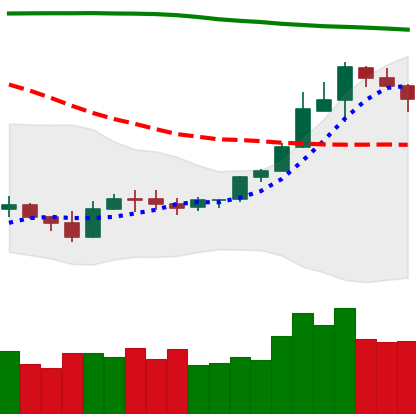
Ticker: ETH-USD
Chart end date: 2019-09-22
Forward return: -17.412%
Label: down_7plus